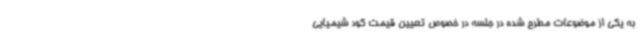
به یکی از موضوعات مطرح شده در جلسه در خصوص تعیین قیمت کود شیمیایی